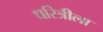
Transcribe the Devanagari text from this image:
धरित्रीला